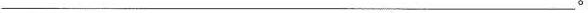
___。